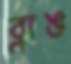
ব্লাঙ